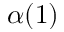
\alpha ( 1 )